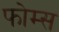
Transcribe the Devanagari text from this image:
फोम्स